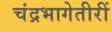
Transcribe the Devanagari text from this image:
चंद्रभागेतीरीं